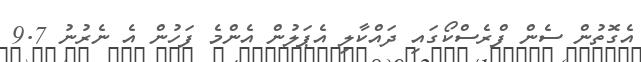
އެގޮތުން ސެން ފްރެސްކޯގައި ދައްކާލި އެޕަލުން އެންމެ ފަހުން އެ ނެރުނު 9.7